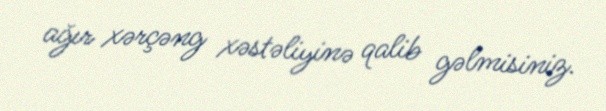
ağır xərçəng xəstəliyinə qalib gəlmisiniz.